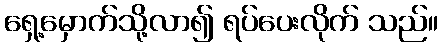
ရှေ့မှောက်သို့လာ၍ ရပ်ပေးလိုက် သည်။